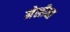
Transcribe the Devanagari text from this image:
मेलीना